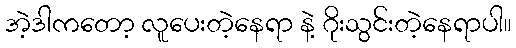
အဲ့ဒါကတော့ လူပေးတဲ့နေရာ နဲ့ ဂိုးသွင်းတဲ့နေရာပါ။